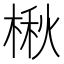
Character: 楸